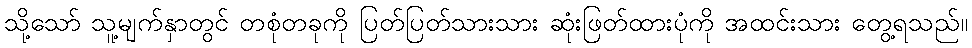
သို့သော် သူ့မျက်နှာတွင် တစုံတခုကို ပြတ်ပြတ်သားသား ဆုံးဖြတ်ထားပုံကို အထင်းသား တွေ့ရသည်။